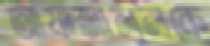
আফজালুলকে